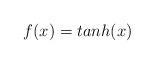
LaTeX: \begin{align*}f(x)={tanh(x)} \end{align*}